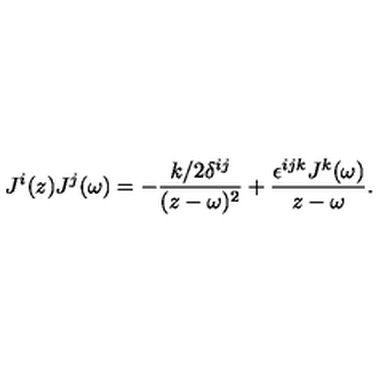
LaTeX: J ^ { i } ( z ) J ^ { j } ( \omega ) = - \frac { k / 2 \delta ^ { i j } } { ( z - \omega ) ^ { 2 } } + \frac { \epsilon ^ { i j k } J ^ { k } ( \omega ) } { z - \omega } .